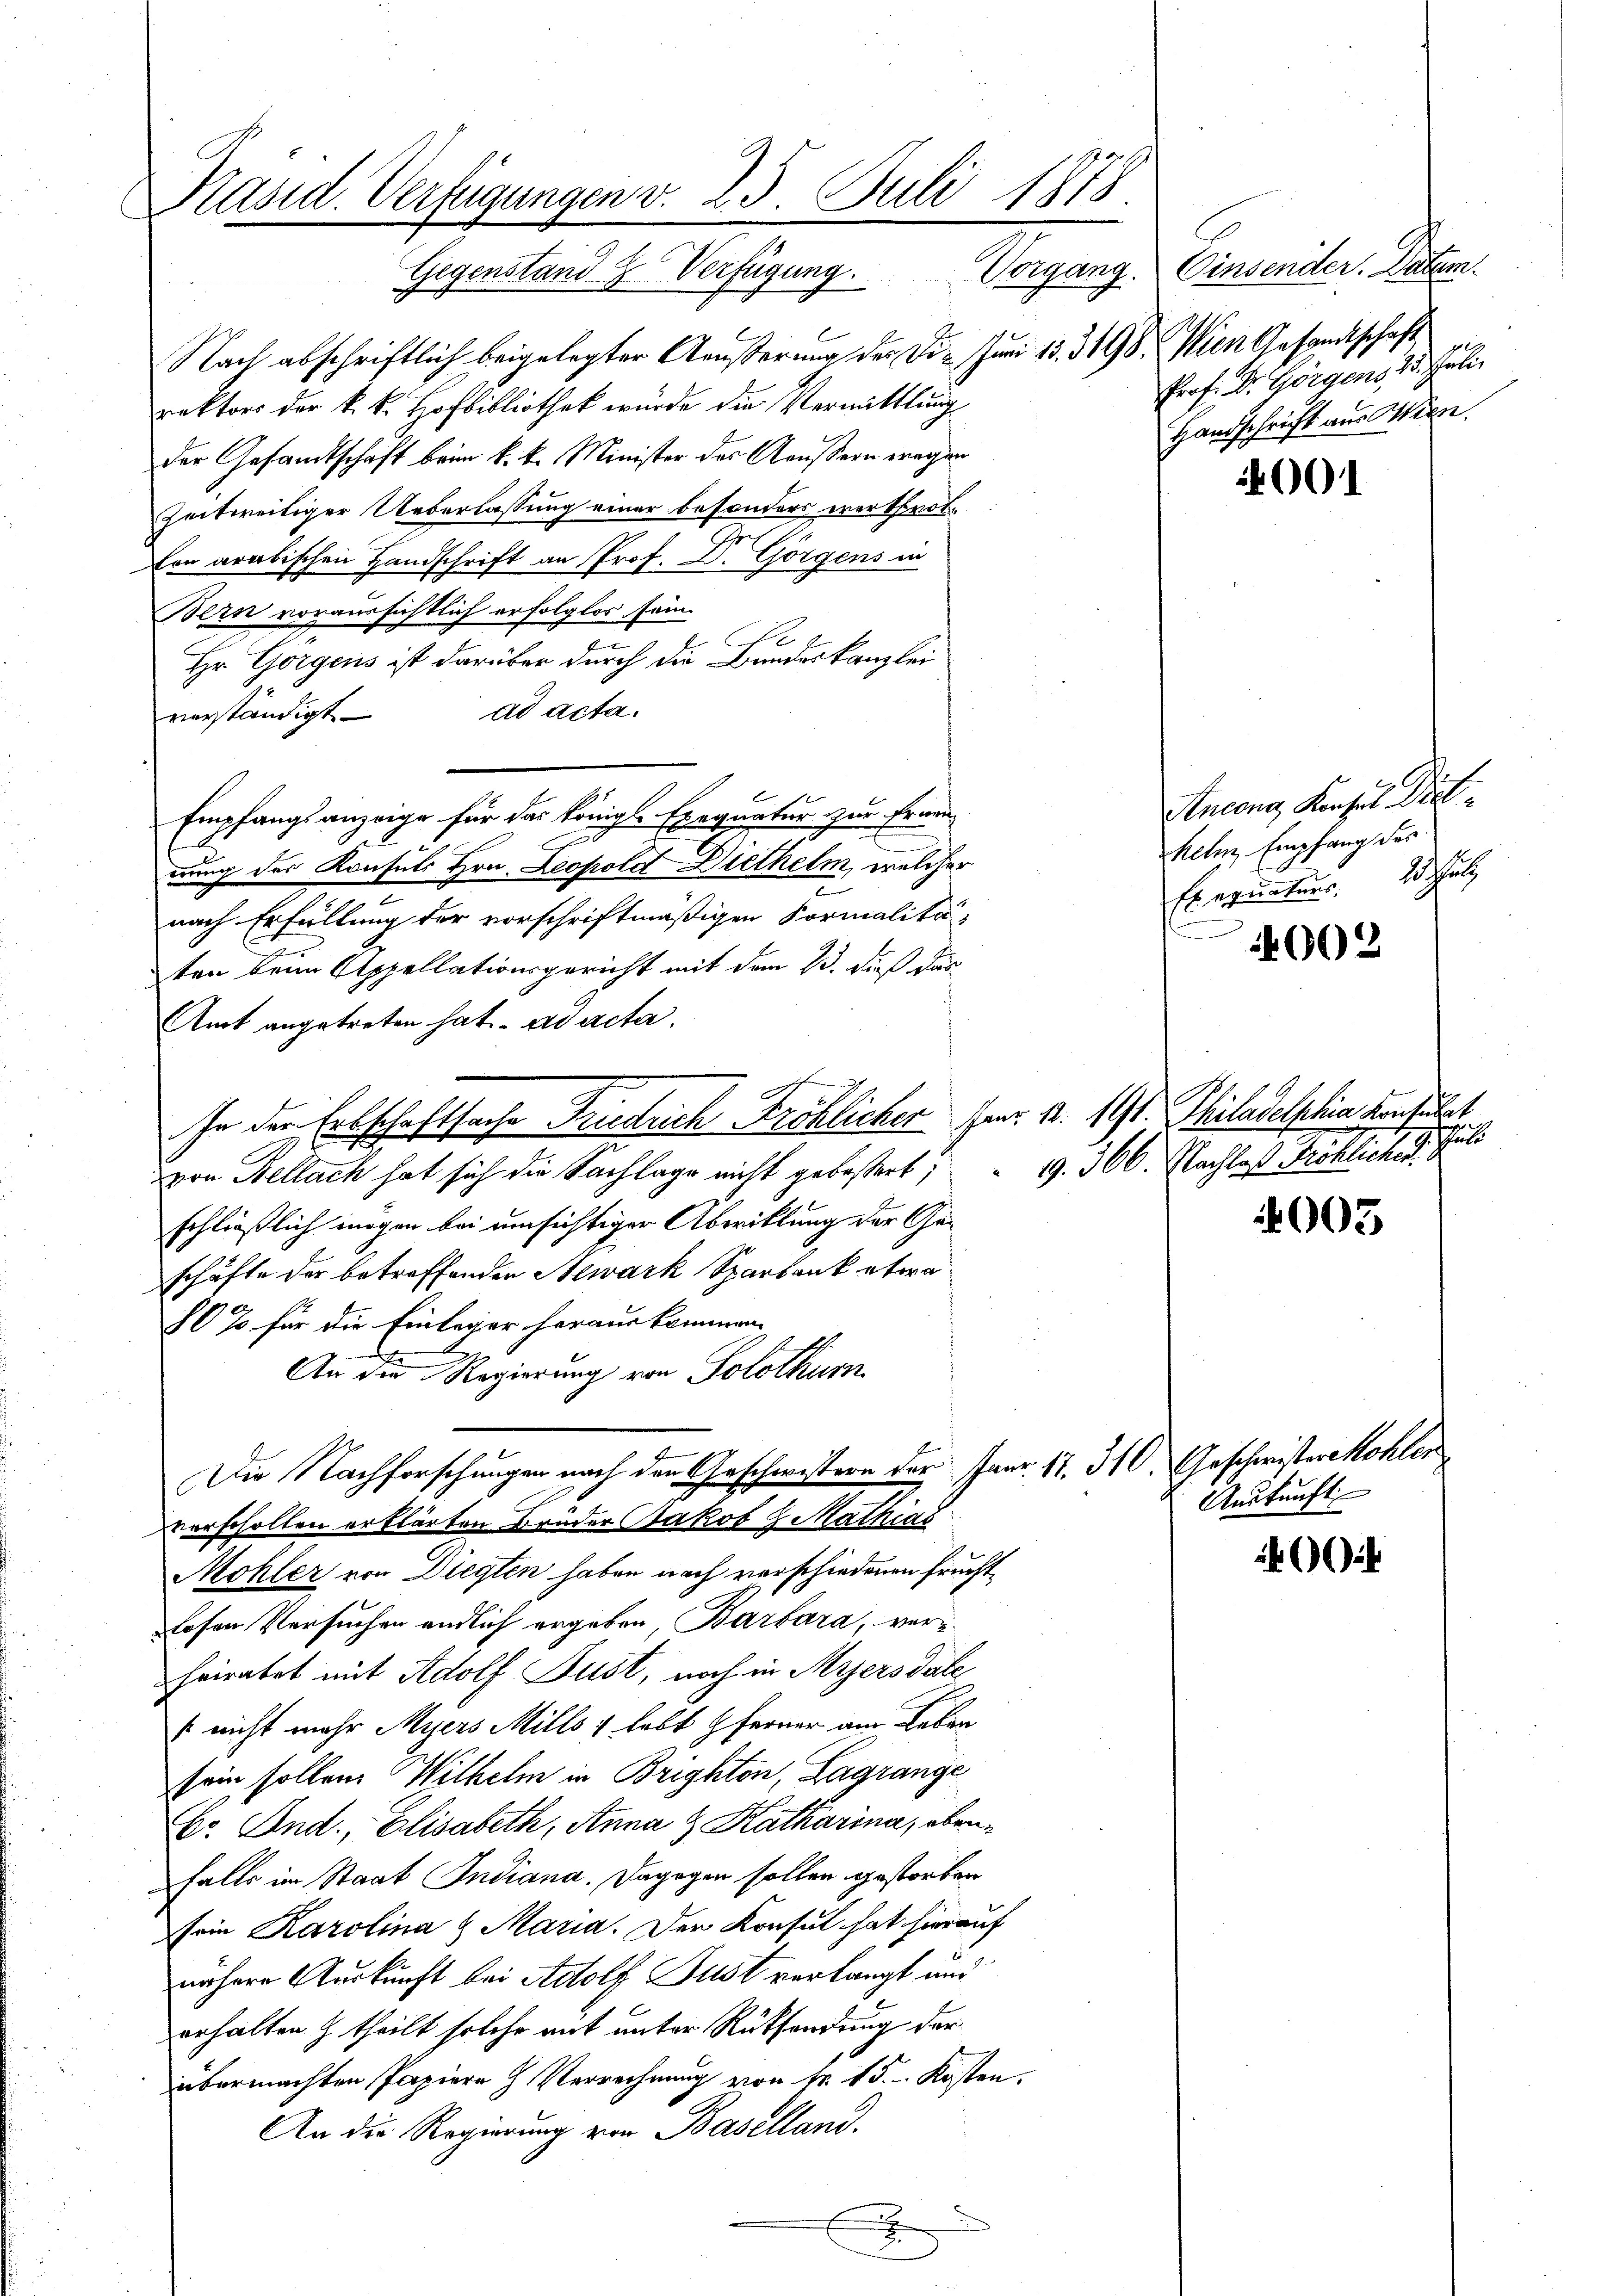
Präsid. Verfügungen v. 25. Juli 1878.
Gegenstand & Verfügung. Vorgang.

Nach abschriftlich beigelegter Äußerung der Die Juni 13. 3198. Wien Gesandtschaft
rektors der k. k. Hofbibliothek wurde die Vermittlung
der Gesandtschaft beim k. k. Minister des Aeussern wegen
zeitweitiger Ueberlassung einer besonders vertrotfon arabischen Handschrift an Prof. Dr. Görgens in
Bern voraussichtlich erfolglos sein
Hr. Gorgens ist darüber durch die Bundeskanzlei
ad Acta.
verständigt
Empfangsanzeige für das königl. Exequatur zur Ernennung des Konsuls Hrn. Leopold Diethelm, welcher
nach Erfüllung der vorschriftmäßigen Formalitäten beim Appellationsgericht mit dem 13. dieß dar
Amt angetreten hat. ad acta,
In der Erbschaftsache Friedrich Fröhlicher Herr v. 191. Philadelphia verführt
von Bellach hat sich die Sachlage nicht gebößert,
schließlich mögen bei umsichtiger Abwicklung der Geschäfte der betreffenden Stewark Sparbank etwa
80% für die Einleger herauskommen.
An die Regierung von Solothur
Die Nachforschungen nach den Geschwistern der Janr. 17. 310. Geschwister Mohlen
vorschollen erklärten Brüder Jakob & Mathias
Mohler von Diegten haben nach verschiedenen fruchtlosen Versuchen endlich ergeben Barbara, ver-
hriratet mit Adolf Fust, noch in Myersdale
s nicht mehr Myers Mills 4 lebt ferner am Leben
sein sollen Wilhelm in Brighton, Lagrange
Dr. And., Elisabeth, Anna 9 Katharina, obenfalls im Staat Indiana. Dagegen sollen gestorben
sein Karolina & Maria. Der Konsul hat hierauf
nähere Auskunft bei Adolf Just verlangt und
erhalten & theilt solche mit unter Rücksendung der
übermachten Papiere Verrechnung von Nr. 15. Kosten.
An die Regierung von Baselland.
x

Comdten Lehen
Prof. Dr. Görgens 25. Juli.
Handschrift aus Wien.

shund
9. 360. Nachtes Rechtlicher

001

Ancong Konsul Drit
heten Empfang des
Eigenten hat

4002

005

Auskunft

i